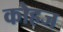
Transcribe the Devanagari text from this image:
कोहज